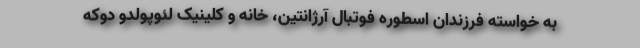
به خواسته فرزندان اسطوره فوتبال آرژانتین، خانه و کلینیک لئوپولدو دوکه